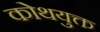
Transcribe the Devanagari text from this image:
कोथयुक्त